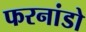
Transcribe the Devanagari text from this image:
फरनांडो